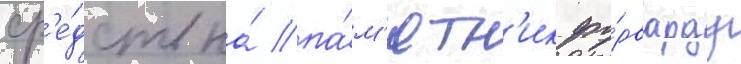
ср'е́дств на́ па́м'ятн'ик фо́рварду